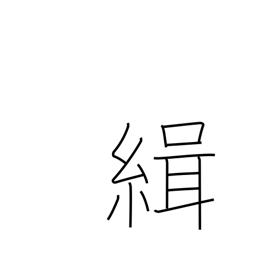
Meaning: bring together